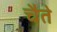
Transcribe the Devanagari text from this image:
चैते